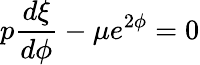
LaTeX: p\frac{d\xi}{d\phi}-\mu e^{2\phi}=0